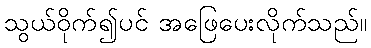
သွယ်ဝိုက်၍ပင် အဖြေပေးလိုက်သည်။